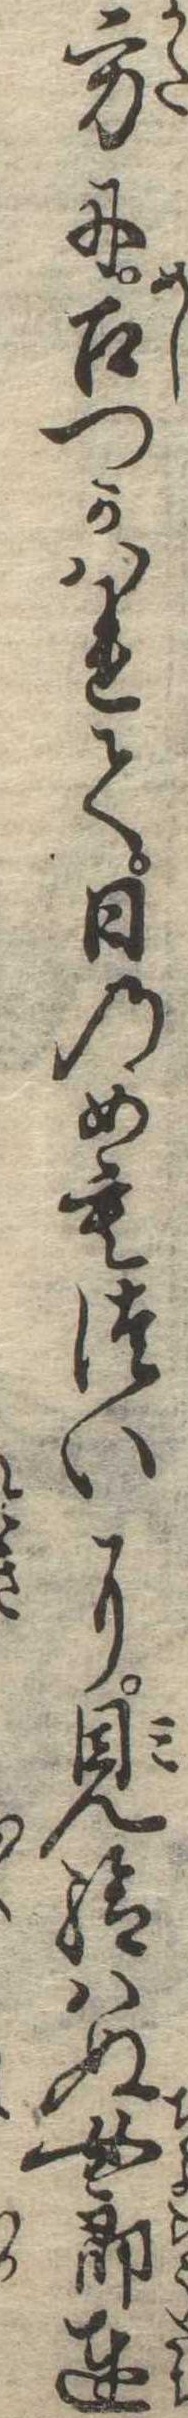
方に召つかはれて日のめもついに見給はぬ女郎達